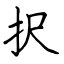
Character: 択